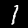
Label: 1